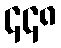
၄၄၈